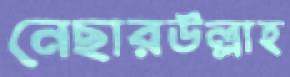
নেছারউল্লাহ